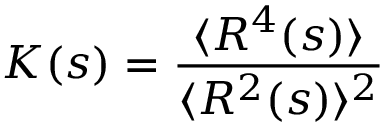
{ \cal K } ( s ) = \frac { \langle R ^ { 4 } ( s ) \rangle } { \langle R ^ { 2 } ( s ) \rangle ^ { 2 } }